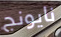
نايونج